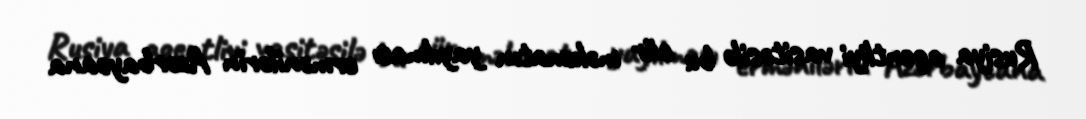
Rusiya agentliyi vasitəsilə bu cür məlumatın yayılması ermənilərin Azərbaycana